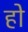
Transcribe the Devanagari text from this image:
हो